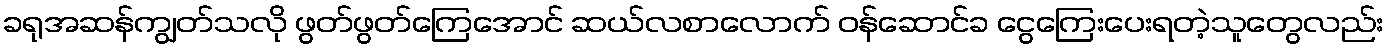
ခရုအဆန်ကျွတ်သလို ဖွတ်ဖွတ်ကြေအောင် ဆယ်လစာလောက် ဝန်ဆောင်ခ ငွေကြေးပေးရတဲ့သူတွေလည်း